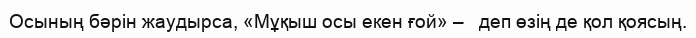
Осының бәрін жаудырса, «Мұқыш осы екен ғой» –   деп өзің де қол қоясың.